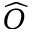
\widehat { O }